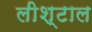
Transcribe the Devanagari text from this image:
लीश्टाल